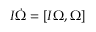
I \dot { \boldsymbol \Omega } = [ I { \boldsymbol \Omega } , { \boldsymbol \Omega } ]